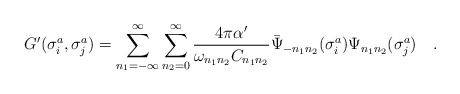
\begin{align*}G^{\prime} (\sigma^a_i,\sigma^a_j) = \sum_{n_1=-\infty}^{\infty} \sum_{n_2=0}^{\infty} {{4 \pi \alpha^{\prime}}\over{\omega_{n_1n_2} C_{n_1n_2}}} {\bar \Psi}_{-n_1n_2} (\sigma^a_i)\Psi_{n_1n_2} (\sigma^a_j) \quad . \end{align*}